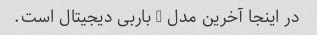
در اینجا آخرین مدل - باربی دیجیتال است.